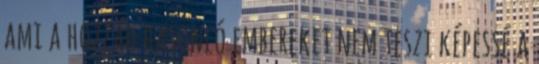
ami a hozzád hasonló embereket nem teszi képessé a